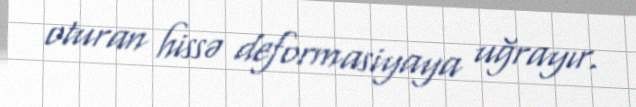
oturan hissə deformasiyaya uğrayır.